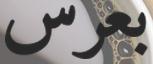
بعرس